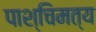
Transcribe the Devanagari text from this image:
पाश्चिमत्य